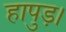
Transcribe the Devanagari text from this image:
हापुड़।